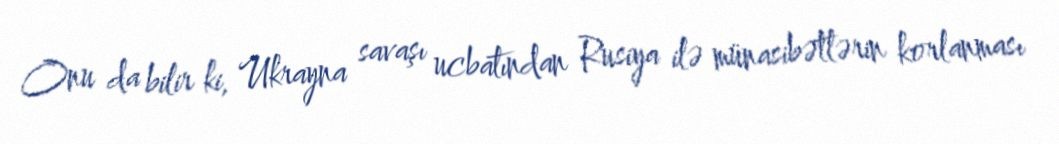
Onu da bilir ki, Ukrayna savaşı ucbatından Rusiya ilə münasibətlərin korlanması